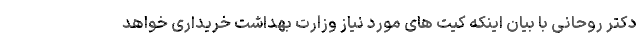
دکتر روحانی با بیان اینکه کیت های مورد نیاز وزارت بهداشت خریداری خواهد